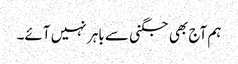
ہم آج بھی جگنی سے باہر نہیں آئے۔